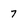
Character: 7